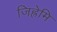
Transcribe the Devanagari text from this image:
जिह्रेमि